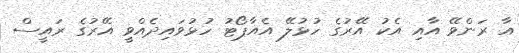
އާ ރަންވޭ އާއި އެކު އޭރުގެ ހުޅުލޭ އެއާޕޯޓު ހުޅުވައިދެއްވީ އޭރުގެ ރައީސް